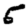
Digit: 5